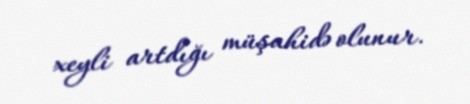
xeyli artdığı müşahidə olunur.